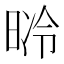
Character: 𣇝